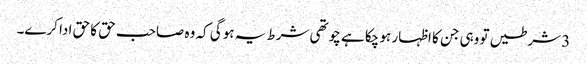
3 شرطیں تو وہی جن کا اظہار ہو چکا ہے چوتھی شرط یہ ہوگی کہ وہ صاحب حق کا حق ادا کرے۔